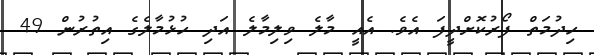
ހިދުމަތް ފޯރުކޮށްދީފަ އެވެ. އެއީ މާލެ ވިލިމާލެ އަދި ހުޅުމާލެގެ އިތުރުން 49